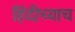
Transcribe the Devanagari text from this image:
हिंदीच्याच